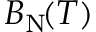
B _ { \mathrm { N } } \! ( T )